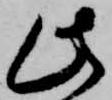
此